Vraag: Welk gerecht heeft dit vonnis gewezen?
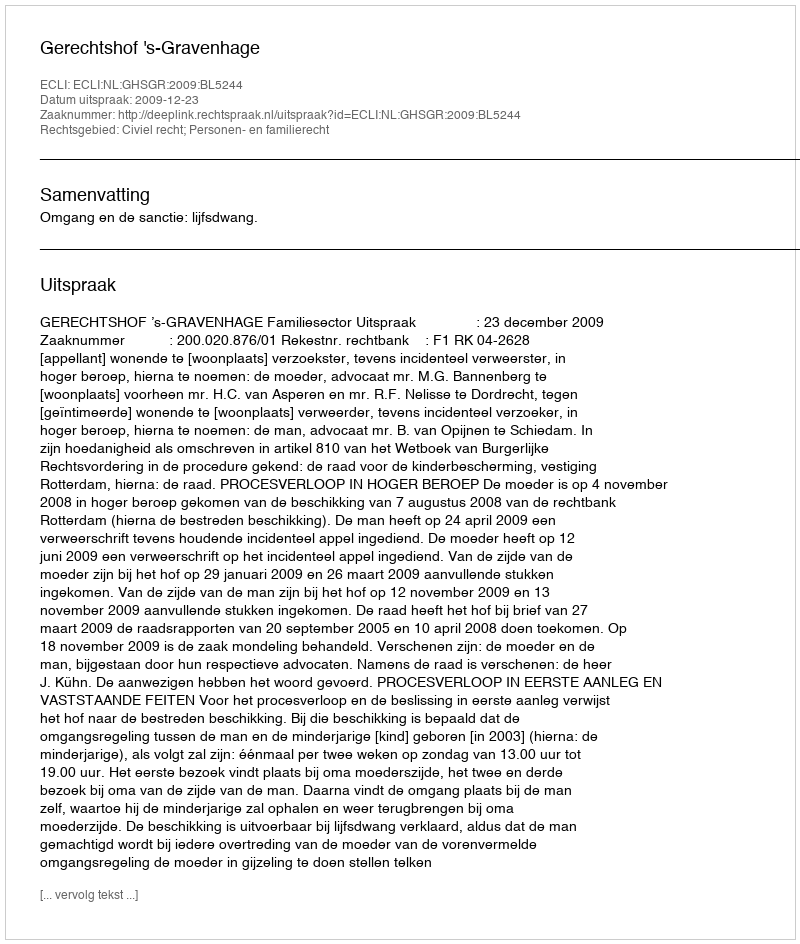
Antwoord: Gerechtshof 's-Gravenhage